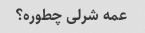
عمه شرلی چطوره؟